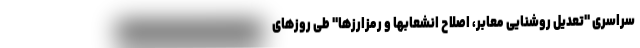
سراسری "تعدیل روشنایی معابر، اصلاح انشعابها و رمزارزها" طی روزهای